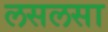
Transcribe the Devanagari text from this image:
लसलसा